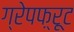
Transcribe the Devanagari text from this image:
ग्रेपफ़्रूट